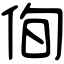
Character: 侚